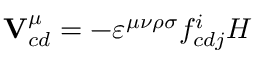
{ \bf V } _ { c d } ^ { \mu } = - \varepsilon ^ { \mu \nu \rho \sigma } f _ { c d j } ^ { i } { \cal H }